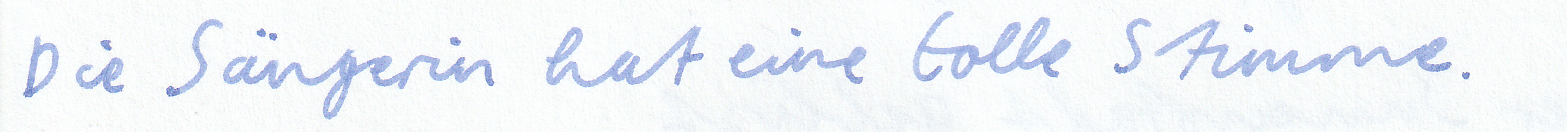
Die Sängerin hat eine tolle Stimme.